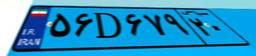
۱۷D۹۲۹۰۲